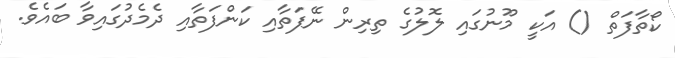
ކޯތާފަތް () އަކީ މޫނުގައި ލޮލުގެ ތިރިން ނޭފަތާއި ކަންފަތާއި ދެމެދުގައިވާ ބައެވެ.